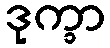
ဒုက္ခာ